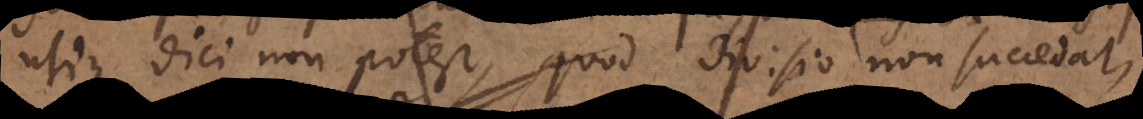
utique dici non potest, quod divisio non succedat,